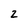
Character: 2